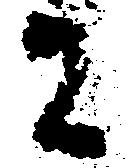
に